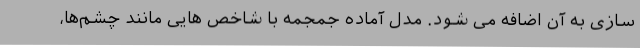
سازی به آن اضافه می شود. مدل آماده جمجمه با شاخص هایی مانند چشم‌ها،